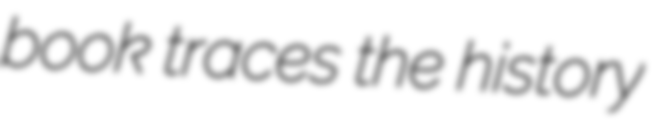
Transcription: book traces the history